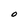
Character: O